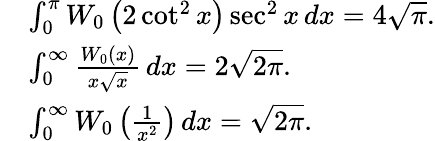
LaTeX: {\begin{array}{rl}&{\int_{0}^{\pi}W_{0}\left(2\cot^{2}x\right)\sec^{2}x\, dx=4{\sqrt{\pi}}.}\\ &{\int_{0}^{\infty}{\frac{W_{0}(x)}{x{\sqrt{x}}}}\, dx=2{\sqrt{2\pi}}.}\\ &{\int_{0}^{\infty}W_{0}\left({\frac{1}{x^{2}}}\right)\, dx={\sqrt{2\pi}}.}\end{array}}